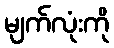
မျက်လုံးကို